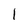
Character: l